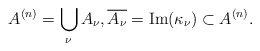
\begin{align*}A^{(n)} = \bigcup_\nu A_\nu, \overline{A_\nu} = \mathrm{Im}(\kappa_\nu) \subset A^{(n)}.\end{align*}